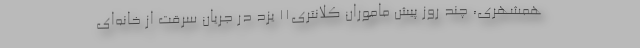
همشهری، چند روز پیش ماموران کلانتری۱۱ یزد در جریان سرقت از خانه‌ای